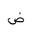
Letter: _dad